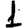
Digit: 1